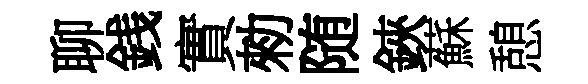
聊銭實勑随鋏蘇憩